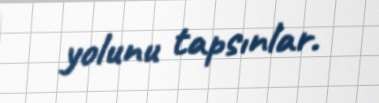
yolunu tapsınlar.